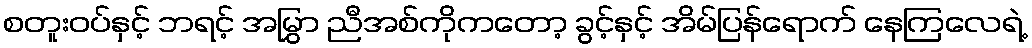
စတူးဝပ်နှင့် ဘရင့် အမြွှာ ညီအစ်ကိုကတော့ ခွင့်နှင့် အိမ်ပြန်ရောက် နေကြလေရဲ့